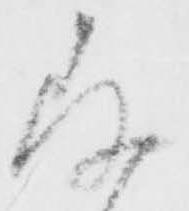
存